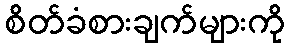
စိတ်ခံစားချက်များကို